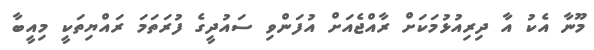
މޫނާ އެކު އާ ދިރިއުޅުމަކަށް ރާއްޖެއަށް އުފަންވި ސައުދީގެ ފުރަތަމަ ރައްޔިތަކީ މިއީބާ